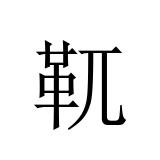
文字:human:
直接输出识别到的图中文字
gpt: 靰